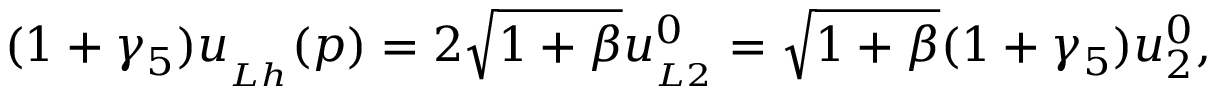
( 1 + \gamma _ { 5 } ) u _ { _ { L h } } ( p ) = 2 \sqrt { 1 + \beta } u _ { _ { L 2 } } ^ { 0 } = \sqrt { 1 + \beta } ( 1 + \gamma _ { 5 } ) u _ { 2 } ^ { 0 } ,